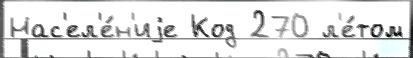
Нас'ел'е́н'иjе Код 270 л'е́том